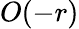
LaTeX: O(-r)